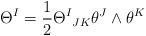
LaTeX: \begin{align*} \Theta^I = \frac{1}{2}\Theta{^I}_{JK}\theta^J\wedge \theta^K\end{align*}